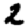
Digit: 2